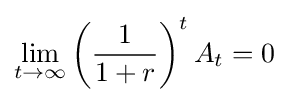
\lim _{t\to \infty }\left({\frac {1}{1+r}}\right)^{t}A_{t}=0